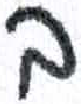
אות: ב